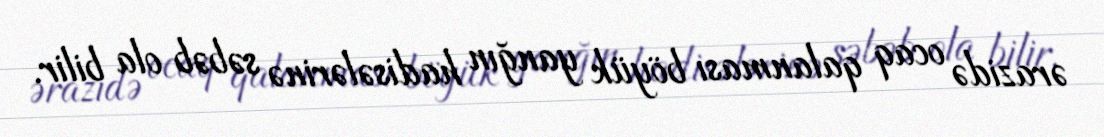
ərazidə ocaq qalanması böyük yanğın hadisələrinə səbəb ola bilir.